Report on sanitation, dispensaries, and jails in Rajputana for 1913, and on vaccination for the year 1913-1914 - 1913-1914
Year: 1913
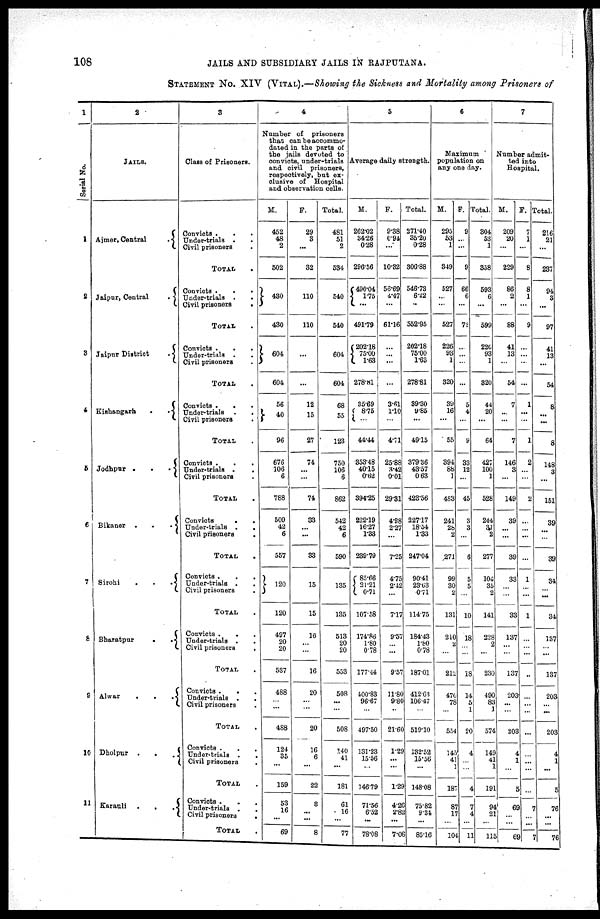
108
JAILS AND SUBSIDIARY JAILS IN RAJPUTANA.
STATEMENT No. XIV (VITAL).—Showing the Sickness and Mortality among Prisoners of
1
Serial No.
1
2
3
4
5
6
7
8
9
10
11
2
JAILS.
Ajmer, Central
.
Jaipur, Central
.
Jaipur District
.
Kishangarh
.
.
Jodhpur .
.
.
Bikaner
.
.
.
Sironi
.
.
.
Bharatpur
.
.
Alwar
.
.
.
Dholpur .
.
.
Karauli
.
.
.
3
Class of Prisoners.
Convicts . . .
Under-trials . .
Civil prisoners
.
TOTAL .
Convicts . . .
Under-trials . .
Civil prisoners
.
TOTAL .
Convicts . . .
Under-trials . .
Civil prisoners .
TOTAL .
Convicts . . .
Under-trials
.
.
Civil prisoners .
TOTAL
Convicts .
.
.
Under-trials .
.
Civil prisoners .
TOTAL .
Convicts . .
Under-trials . .
Civil prisoners .
TOTAL .
Convicts .
.
.
Under-trials .
.
Civil prisoners .
TOTAL .
Convicts . . .
Under-trials . .
Civil prisoners .
TOTAL .
Convicts .
. .
Under-trials . .
Civil prisoners .
TOTAL .
Convicts . . .
Under-trials . .
Civil prisoners .
TOTAL .
Convicts .
.
.
Under-trials .
.
Civil prisoners
.
TOTAL .
4
Number of prisoners
that can be accommo-
dated in the parts of
the jails devoted to
convicts, under-trials
and civil prisoners,
respectively, but ex-
clusive of Hospital
and observation cells.
M.
452
48
2
502
430
430
604
604
56
40
96
676
106
6
788
509
42
6
557
120
120
497
20
20
537
488
...
...
488
124
35
...
159
53
16
...
69
F.
29
3
...
32
110
110
...
...
12
15
27
74
... ...
74
33
... ...
33
15
15
16
... ...
16
20
...
...
20
16
6
...
22
8
...
...
8
Total.
481
51
2
534
540
540
604
604
68
55
123
750
106
6
862
542
42
6
590
135
135
513
20
20
553
508
...
...
508
140
41
...
181
61
16
...
77
5
Average daily strength.
M.
262.02
34.26
0.28
296.56
490.04
1.75
...
491.79
202.18
75.00
1.63
278.81
35.69
8.75
...
44.44
353.48
40.15
0.62
394.25
222.19
16.27
1.33
239.79
85.66
21.21
0.71
107.58
174.86
1.80
0.78
177.44
400.83
96.67
...
497.50
131.23
15.56
...
146.79
71.56
6.52
...
78.08
F.
9.38
0.94
...
10.32
56.69
4.47
...
61.16
...
... ...
...
3.61
1.10
...
4.71
25.88
3.42
0.01
29.31
4.98
2.27
...
7.25
4.75
2.42
...
7.17
9.57
... ...
9.57
11.80
9.80
...
21.60
1.29
...
...
1.29
4.26
2.82
...
7.08
Total.
271.40
35.20
0.28
306.88
546.73
6.22
...
552.95
202.18
75.00
1.63
278.81
89.30
9.85
...
49.15
379.36
43.57
0.63
423.56
327.17
18.54
1.33
247.04
90.41
23.63
0.71
114.75
184.43
1.80
0.78
187.01
412.63
106.47
...
519.10
132.52
15.66
...
148.08
75.82
9.34
...
85.16
6
Maximum
population on
any one day.
M.
295
53
1
349
527
...
...
527
226
93
1
320
39
16
...
55
394
88
1
483
241
28
2
271
99
30
2
131
210
2
...
212
476
78
...
554
145
41
1
187
87
17
...
104
F.
9
...
...
9
66
6
...
72
...
... ...
...
5
4
...
9
33
12
...
45
3
3
...
6
5
5
...
10
18
...
...
18
14
5
...
20
4
...
...
4
7
4
...
11
Total.
304
53
1
358
593
6
...
599
220
93
1
820
44
20
...
64
427
100
1
528
244
31 2
277
104
35
2
141
228
2
...
230
490
83
1
574
149
41
1
191
94
21
...
115
7
Number admit-
ted into
Hospital.
M.
209
20
...
229
86
2
...
88
41
13
...
54
7
... ...
7
146
3
...
149
39
...
...
39
33
...
...
33
137
...
...
137
203
...
...
203
4
1
...
5
69
...
...
69
F.
7
1
...
8
8
1
...
9
...
... ...
...
1
...
...
1
2
...
...
2
...
... ...
...
1
... ...
1
...
...
...
...
...
...
...
...
...
...
...
...
7
...
...
7
Total.
216
21
...
237
94
3
...
97
41
13
...
54
8
...
...
8
148
3
...
151
39
...
...
39
34
... ...
34
137
... ...
137
203
...
...
203
4
1
...
5
76
...
...
76